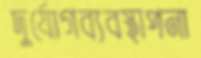
দুর্যোগব্যবস্থাপনা